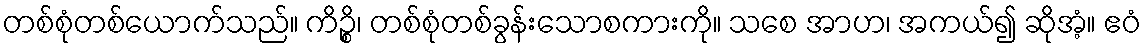
တစ်စုံတစ်ယောက်သည်။ ကိဉ္စိ၊ တစ်စုံတစ်ခွန်းသောစကားကို။ သစေ အာဟ၊ အကယ်၍ ဆိုအံ့။ ဧဝံ